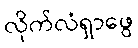
လိုက်လံရှာဖွေ